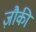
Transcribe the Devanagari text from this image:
ज़ौकी